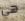
هي